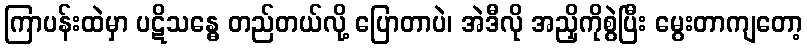
ကြာပန်းထဲမှာ ပဋိသန္ဓေ တည်တယ်လို့ ပြောတာပဲ၊ အဲဒီလို အညှိကိုစွဲပြီး မွေးတာကျတော့